Civil Veterinary Dept. Bombay admin report 1907-1913 - 1907-1913
Year: 1907
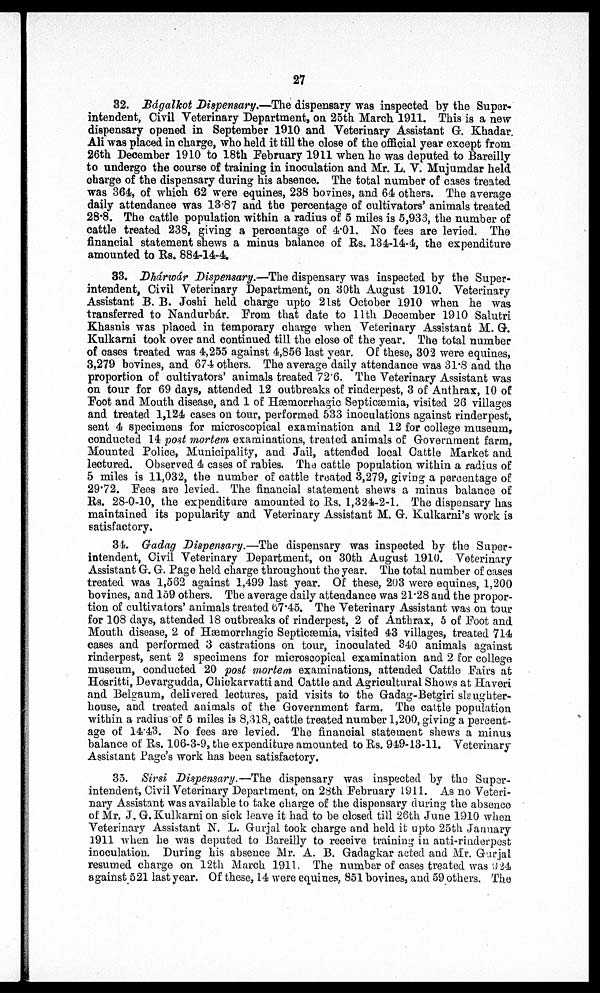
27
32. Bágalkot Dispensary.—The dispensary was inspected by the Super-
intendent, Civil Veterinary Department, on 25th March 1911. This is a new-
dispensary opened in September 1910 and Veterinary Assistant G. Khadar
Ali was placed in charge, who held it till the close of the official year except from
26th December 1910 to 18th February 1911 when he was deputed to Bareilly
to undergo the course of training in inoculation and Mr. L. V. Mujumdar held
charge of the dispensary during his absence. The total number of cases treated
was 364, of which 62 were equines, 238 bovines, and 64 others. The average
daily attendance was 13.87 and the percentage of cultivators' animals treated
28.8. The cattle population within a radius of 5 miles is 5,933, the number of
cattle treated 238, giving a percentage of 4.01. No fees are levied. The
financial statement shews a minus balance of Rs. 134-14-4, the expenditure
amounted to Rs. 884-14-4.
33. Dháwár Dispensary.—The dispensary was inspected by the Super-
intendent, Civil Veterinary Department, on 30th August 1910. Veterinary
Assistant B. B. Joshi held charge upto 21st October 1910 when he was
transferred to Nandurbar. From that date to 11th December 1910 Salutri
Khasnis was placed in temporary charge when Veterinary Assistant M. G.
Kulkarni took over and continued till the close of the year. The total number
of cases treated was 4,255 against 4,856 last year. Of these, 302 were equines,
3,279 bovines, and 674 others. The average daily attendance was 31.8 and the
proportion of cultivators' animals treated 72.6. The Veterinary Assistant was
on tour for 69 days, attended 12 outbreaks of rinderpest, 3 of Anthrax, 10 of
Foot and Mouth disease, and 1 of Hæmorrhagic Septicæmia, visited 26 villages
and treated 1,124 cases on tour, performed 533 inoculations against rinderpest,
sent 4 specimens for microscopical examination and 12 for college museum,
conducted 14 post mortem examinations, treated animals of Government farm,
Mounted Police, Municipality, and Jail, attended local Cattle Market and
lectured. Observed 4 cases of rabies. The cattle population within a radius of
5 miles is 11,032, the number of cattle treated 3,279, giving a percentage of
29.72. Fees are levied. The financial statement shews a minus balance of
Rs. 28-0-10, the expenditure amounted to Rs. 1,324-2-1. The dispensary has
maintained its popularity and Veterinary Assistant M. G. Kulkarni's work is
satisfactory.
34. Gadag Dispensary.—The dispensary was inspected by the Super-
intendent, Civil Veterinary Department, on 30th August 1910. Veterinary
Assistant G. G. Page held charge throughout the year. The total number of cases
treated was 1,562 against 1,499 last year. Of these, 203 were equines, 1,200
bovines, and 159 others. The average daily attendance was 21.28 and the propor-
tion of cultivators' animals treated 67.45. The Veterinary Assistant was on tour
for 108 days, attended 18 outbreaks of rinderpest, 2 of Anthrax, 5 of Foot and
Mouth disease, 2 of Hæmorrhagic Septicæmia, visited 43 villages, treated 714
cases and performed 3 castrations on tour, inoculated 340 animals against
rinderpest, sent 2 specimens for microscopical examination and 2 for college
museum, conducted 20 post mortem examinations, attended Cattle Fairs at
Hosritti, Devargudda, Chickarvatti and Cattle and Agricultural Shows at Haveri
and Belgaum, delivered lectures, paid visits to the Gadag-Betgiri slaughter-
house, and treated animals of the Government farm. The cattle population
within a radius of 5 miles is 8,318, cattle treated number 1,200, giving a percent-
age of 14.43. No fees are levied. The financial statement shews a minus
balance of Rs. 106-3-9, the expenditure amounted to Rs. 949-13-11. Veterinary
Assistant Page's work has been satisfactory.
35. Sirsi Dispensary.—The dispensary was inspected by the Super-
intendent, Civil Veterinary Department, on 28th February 1911. As no Veteri-
nary Assistant was available to take charge of the dispensary during the absence
of Mr. J. G. Kulkarni on sick leave it had to be closed till 26th June 1910 when
Veterinary Assistant N. L. Gurjal took charge and held it upto 25th January
1911 when he was deputed to Bareilly to receive training in anti-rinderpest
inoculation. During his absence Mr. A. B. Gadagkar acted and Mr. Gurjal
resumed charge on 12th March 1911. The number of cases treated was 324
against 521 last year. Of these, 14 were equines, 851 bovines, and 59 others. The